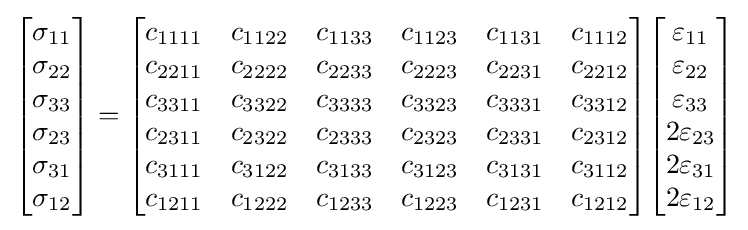
{\begin{bmatrix}\sigma _{11}\\\sigma _{22}\\\sigma _{33}\\\sigma _{23}\\\sigma _{31}\\\sigma _{12}\end{bmatrix}}={\begin{bmatrix}c_{1111}&c_{1122}&c_{1133}&c_{1123}&c_{1131}&c_{1112}\\c_{2211}&c_{2222}&c_{2233}&c_{2223}&c_{2231}&c_{2212}\\c_{3311}&c_{3322}&c_{3333}&c_{3323}&c_{3331}&c_{3312}\\c_{2311}&c_{2322}&c_{2333}&c_{2323}&c_{2331}&c_{2312}\\c_{3111}&c_{3122}&c_{3133}&c_{3123}&c_{3131}&c_{3112}\\c_{1211}&c_{1222}&c_{1233}&c_{1223}&c_{1231}&c_{1212}\end{bmatrix}}{\begin{bmatrix}\varepsilon _{11}\\\varepsilon _{22}\\\varepsilon _{33}\\2\varepsilon _{23}\\2\varepsilon _{31}\\2\varepsilon _{12}\end{bmatrix}}